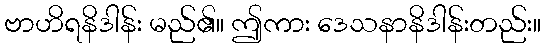
ဗာဟိရနိဒါန်း မည်၏။ ဤကား ဒေသနာနိဒါန်းတည်း။